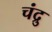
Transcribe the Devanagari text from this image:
चंद्रु